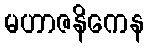
မဟာဇနိကေန